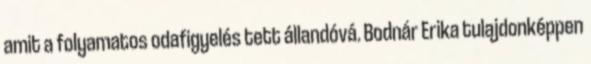
amit a folyamatos odafigyelés tett állandóvá. Bodnár Erika tulajdonképpen